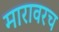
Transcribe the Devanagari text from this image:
मारावरच